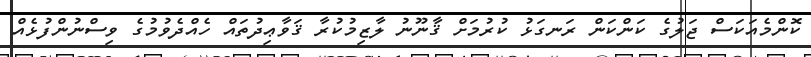
ކޮންމެއަކަސް ޖަލުގެ ކަންކަން ރަނގަޅު ކުރުމަށް ޤާނޫނު ލާޒިމުކުރާ ޤަވާޢިދުތައް ހެއްދެވުމުގެ ވިސްނުންފުޅެއް